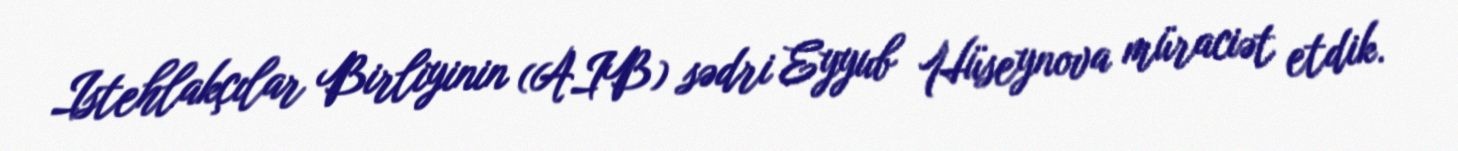
Istehlakçılar Birliyinin (AIB) sədri Eyyub Hüseynova müraciət etdik.